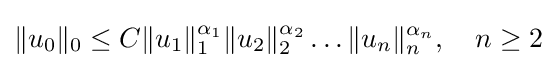
\|u_{0}\|_{0}\leq C\|u_{1}\|_{1}^{\alpha _{1}}\|u_{2}\|_{2}^{\alpha _{2}}\dots \|u_{n}\|_{n}^{\alpha _{n}},\quad n\geq 2